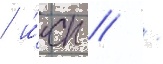
/ и́сп // /